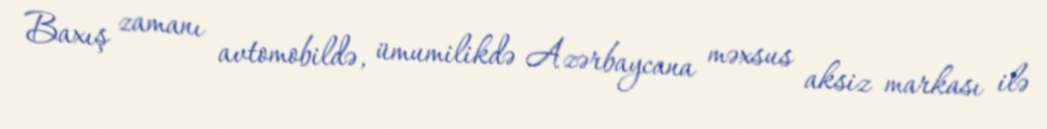
Baxış zamanı avtomobildə, ümumilikdə Azərbaycana məxsus aksiz markası ilə